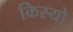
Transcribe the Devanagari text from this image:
किस्यो